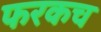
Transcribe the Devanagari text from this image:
फरकच